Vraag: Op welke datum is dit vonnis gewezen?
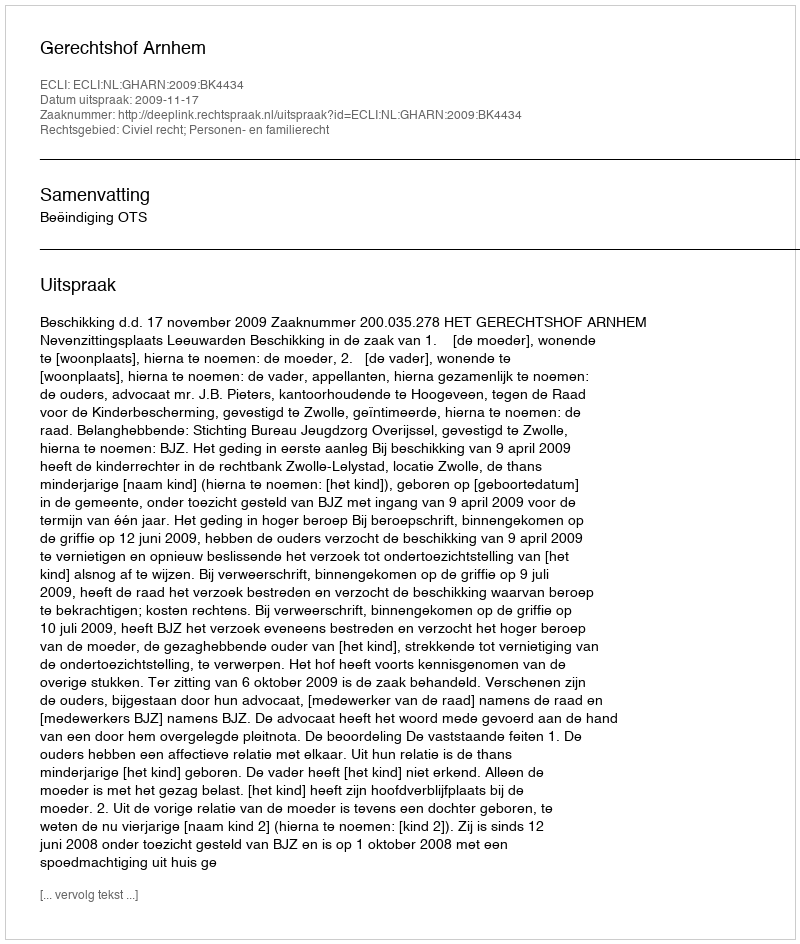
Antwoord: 2009-11-17